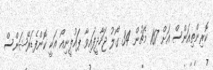
ކޮރިންތިއަންސް އަށް 167 މެޗުން 34 ގޯލު ޖަހާދީފައިވާ ޕައުލީނިއޯ އަކީ ކޮންފެޑަރޭޝަންސް